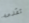
تقدمه